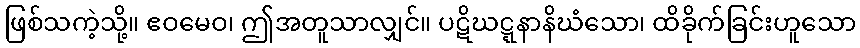
ဖြစ်သကဲ့သို့။ ဧဝမေဝ၊ ဤအတူသာလျှင်။ ပဋိဃဋ္ဋနာနိဃံသော၊ ထိခိုက်ခြင်းဟူသော